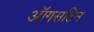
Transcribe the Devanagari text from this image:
ऑगसटिन